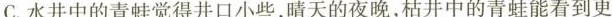
C.水井中的青蛙觉得井口小些，晴天的夜晚，枯井中的青蛙能看到更